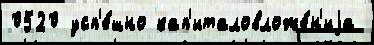
0520 усп'е́шно кап'италовложе́н'иjа